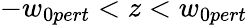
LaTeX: -w_{0pert}<z<w_{0pert}